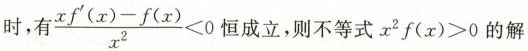
时，有 $$\frac{xf^{\prime}(x)-f(x)}{x^{2}}<0$$ 恒成立，则不等式$$x_{2}f(x)>0$$的解